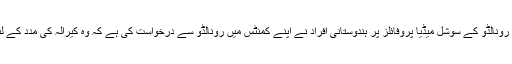
البتہ اتنا ضرور پایا کہ رونالڈو کے سوشل میڈیا پروفائلز پر ہندوستانی افراد نے اپنے کمنٹس میں رونالڈو سے درخواست کی ہے کہ وہ کیرالہ کی مدد کے لئے مالی طاعون کریں۔